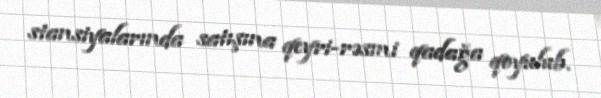
stansiyalarında satışına qeyri-rəsmi qadağa qoyulub.